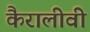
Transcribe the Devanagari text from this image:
कैरालीवी